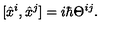
[ \hat { x } ^ { i } , \hat { x } ^ { j } ] = i \hbar \Theta ^ { i j } .